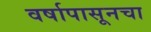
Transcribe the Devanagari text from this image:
वर्षापासूनचा